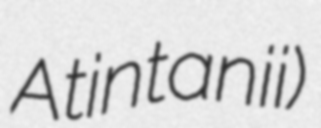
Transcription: Atintanii)